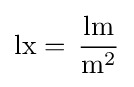
\mathrm {lx=\,{\frac {lm}{m^{2}}}}